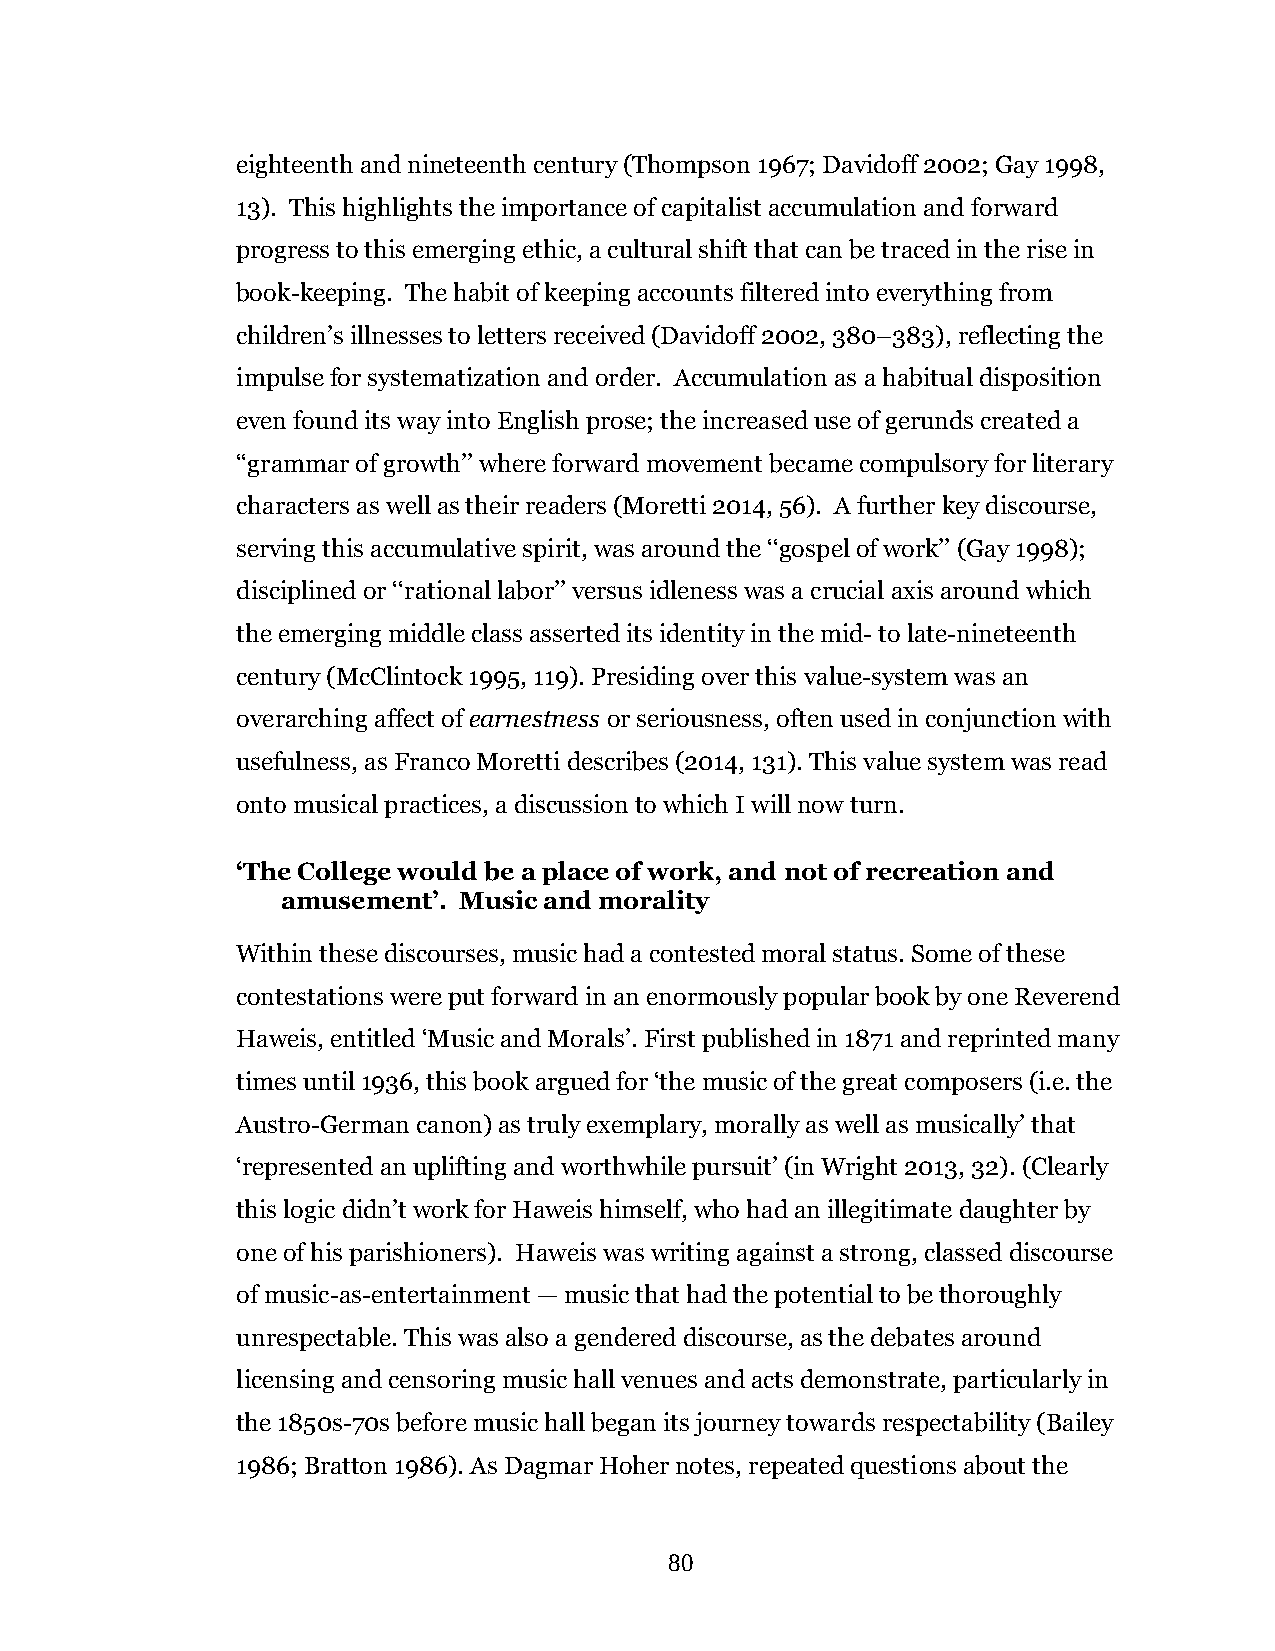
eighteenth and nineteenth century (Thompson 1967; Davidoff 2002; Gay 1998,
 13). This highlights the importance of capitalist accumulation and forward
 progress to this emerging ethic, a cultural shift that can be traced in the rise in
 book-keeping. The habit of keeping accounts filtered into everything from
 children’s illnesses to letters received (Davidoff 2002, 380–383), reflecting the
 impulse for systematization and order. Accumulation as a habitual disposition
 even found its way into English prose; the increased use of gerunds created a
 ‘‘grammar of growth’’ where forward movement became compulsory for literary
 characters as well as their readers (Moretti 2014, 56). A further key discourse,
 serving this accumulative spirit, was around the ‘‘gospel of work’’ (Gay 1998);
 disciplined or ‘‘rational labor’’ versus idleness was a crucial axis around which
 the emerging middle class asserted its identity in the mid- to late-nineteenth
 century (McClintock 1995, 119). Presiding over this value-system was an
 overarching affect of earnestness or seriousness, often used in conjunction with
 usefulness, as Franco Moretti describes (2014, 131). This value system was read
 onto musical practices, a discussion to which I will now turn.
 ‘The College would be a place of work, and not of recreation and
 amusement’. Music and morality
 Within these discourses, music had a contested moral status. Some of these
 contestations were put forward in an enormously popular book by one Reverend
 Haweis, entitled ‘Music and Morals’. First published in 1871 and reprinted many
 times until 1936, this book argued for ‘the music of the great composers (i.e. the
 Austro-German canon) as truly exemplary, morally as well as musically’ that
 ‘represented an uplifting and worthwhile pursuit’ (in Wright 2013, 32). (Clearly
 this logic didn’t work for Haweis himself, who had an illegitimate daughter by
 one of his parishioners). Haweis was writing against a strong, classed discourse
 of music-as-entertainment — music that had the potential to be thoroughly
 unrespectable. This was also a gendered discourse, as the debates around
 licensing and censoring music hall venues and acts demonstrate, particularly in
 the 1850s-70s before music hall began its journey towards respectability (Bailey
 1986; Bratton 1986). As Dagmar Hoher notes, repeated questions about the
 80